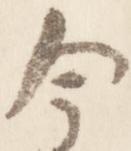
今